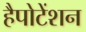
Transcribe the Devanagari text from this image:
हैपोटेंशन